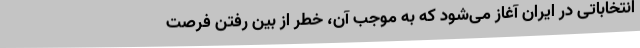
انتخاباتی در ایران آغاز می‌شود که به موجب آن، خطر از بین رفتن فرصت